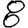
Digit: 8